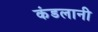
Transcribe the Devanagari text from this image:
कंडलानी